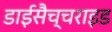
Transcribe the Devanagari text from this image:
डाईसैच्चराइड